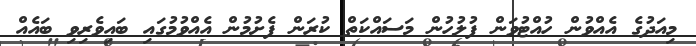
މިއަދުގެ އެއްވުން ހުއްޓުވަން ފުލުހުން މަސައްކަތް ކުރަން ފެށުމުން އެއްވުމުގައި ބައިވެރިވި ބައެއް